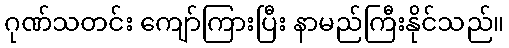
ဂုဏ်သတင်း ကျော်ကြားပြီး နာမည်ကြီးနိုင်သည်။